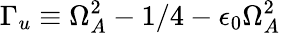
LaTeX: \Gamma_{u}\equiv\Omega_{A}^{2}-1/4-\epsilon_{0}\Omega_{A}^{2}